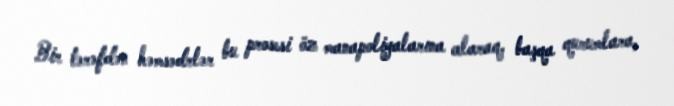
Bir tərəfdən həmsədrlər bu prosesi öz manapoliyalarına alaraq, başqa qurumlara,